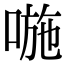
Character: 𠷇